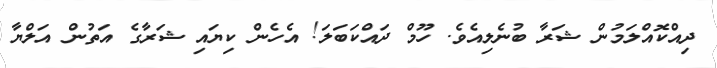
ދިއްކޮއްލަމުން ޝަރާ ބުނެލިއެވެ. ހޫމް ދައްކަބަލަ! އެހެން ކިޔައި ޝަރާގެ އަތުން އަލްޔާ